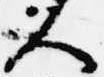
人